Some observations on the morphology and mechanism of the parts in the orthorrapha - Number 58
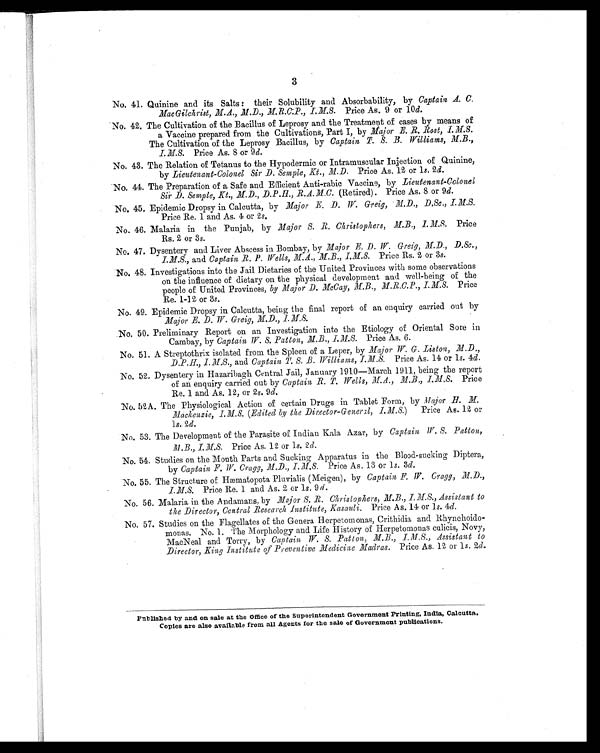
3
No. 41. Quinine and its Salts : their Solubility and Absorbability, by Captain A. C.
MacGilchrist, M.A., M.D., M.R.C.P., I.M.S. Price As. 9 or 10 d.
No. 42. The Cultivation of the Bacillus of Leprosy and the Treatment of cases by means of
a Vaccine prepared from the Cultivations, Part I, by Major E. R. Rost, I.M.S.
The Cultivation of the Leprosy Bacillus, by Captain T. S. B. Williams, M.B.,
I.M.S. Price As. 8 or 9 d.
No. 43. The Relation of Tetanus to the Hypodermic or Intramuscular Injection of Quinine,
by Lieutenant-Colonel Sir D. Semple, Kt., M.D. Price As. 12 or 1s. 2d.
No. 44. The Preparation of a Safe and Efficient Anti-rabic Vaccine, by Lieutenant-Colonel
Sir D. Semple, Kt., M.D., D.P.H., R.A.M.C. (Retired). Price As. 8 or 9d.
No. 45. Epidemic Dropsy in Calcutta, by Major E. D. W. Greig, M.D., D.Sc., I.M.S.
Price Re. 1 and As. 4 or 2 s.
No. 46. Malaria in the Punjab, by Major S. R. Christophers, M.B., I.M.S. Price
Rs. 2 or 3 s.
No. 47. Dysentery and Liver Abscess in Bombay, by Major E. D. W. Greig, M.D., D.Sc.,
I.M.S., and Captain R. P. Wells, M.A., M.B., I.M.S. Price Rs. 2 or 3s.
No. 48. Investigations into the Jail Dietaries of the United Provinces with some observations
on the influence of dietary on the physical development and well-being of the
people of United Provinces, by Major D. McCay, M.B., M.R.C.P., I.M.S. Price
Re. 1-12 or 3s.
No. 49. Epidemic Dropsy in Calcutta, being the final report of an enquiry carried out by
Major E. D. W. Greig, M.D., I. M.S.
No. 50. Preliminary Report on an Investigation into the Etiology of Oriental Sore in
Cambay, by Captain W. S. Patton, M.B., I.M.S. Price As. 6.
.
No. 51. A Streptothrix isolated from the Spleen of a Leper, by Major W G. Liston, M.D.,
D.P.H., I.M.S., and Captain T. S. B. Williams, I.M.S. Price As. 14 or 1s. 4d.
No. 52. Dysentery in Hazaribagh Central Jail, January 1910—March 1911, being the report
of an enquiry carried out by Captain R. T. Wells, M.B., I.M.S. Price
Re. 1 and As. 12, or 2s. 9d.
No. 52A. The Physiological Action of certain Drugs in Tablet Form, by Major H. M.
Mackenzie, I.M.S. (Edited by the Director-General, I.M.S. ) Price As. 12 or
1s. 2d.
No. 53. The Development of the Parasite of Indian Kala Azar, by Captain W. S. Patton,
M.B., I.M.S. Price As. 12 or 1s. 2d.
No. 54. Studies on the Mouth Parts and Sucking Apparatus in the Blood-sucking Diptera,
by Captain F.W. Cragg, M.D., I.M.S. Price As. 13 or 1 s. 3d.
No. 55. The Structure of Hæmatopota Pluvialis (Meigen), by Captain F. W. Cragg, M.D.,
I.M.S. Price Re. 1 and As. 2 or 1s. 9 d.
No. 56. Malaria in the Andamans, by Major S. R. Christophers, M.B., I.M.S., Assistant to
the Director, Central Research Institute, Kasauli. Price As. 14 or 1s. 4d.
No. 57. Studies on the Flagellates of the Genera Herpetomonas, Crithidia and Rhynchoido
- m o n a s . N o . 1 . T h e M o r p h o l o g y a n d L i f e H i s t o r y o f H e r p e t o m o n a s c u l i c i s , N o v y ,
MacNeal and Torry, by Captain W. S. Patton, M.B., I.M.S., Assistant to
Director, King Institute of Preventive Medicine Madras. Price As. 12 or 1s. 2d.
Published by and on sale at the Office of the Superintendent Government Printing, India, Calcutta.
Copies are also available from all Agents for the sale of Government publications.